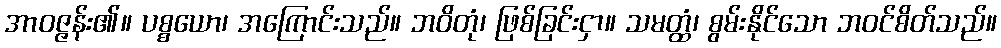
အာဝဇ္ဇန်း၏။ ပစ္စယော၊ အကြောင်းသည်။ ဘဝိတုံ၊ ဖြစ်ခြင်းငှာ။ သမတ္ထံ၊ စွမ်းနိုင်သော ဘဝင်စိတ်သည်။